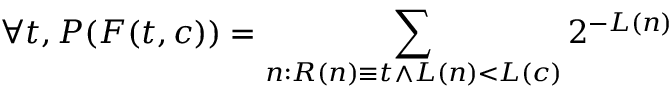
\forall t , P ( F ( t , c ) ) = \sum _ { n : R ( n ) \equiv t \land L ( n ) < L ( c ) } 2 ^ { - L ( n ) }